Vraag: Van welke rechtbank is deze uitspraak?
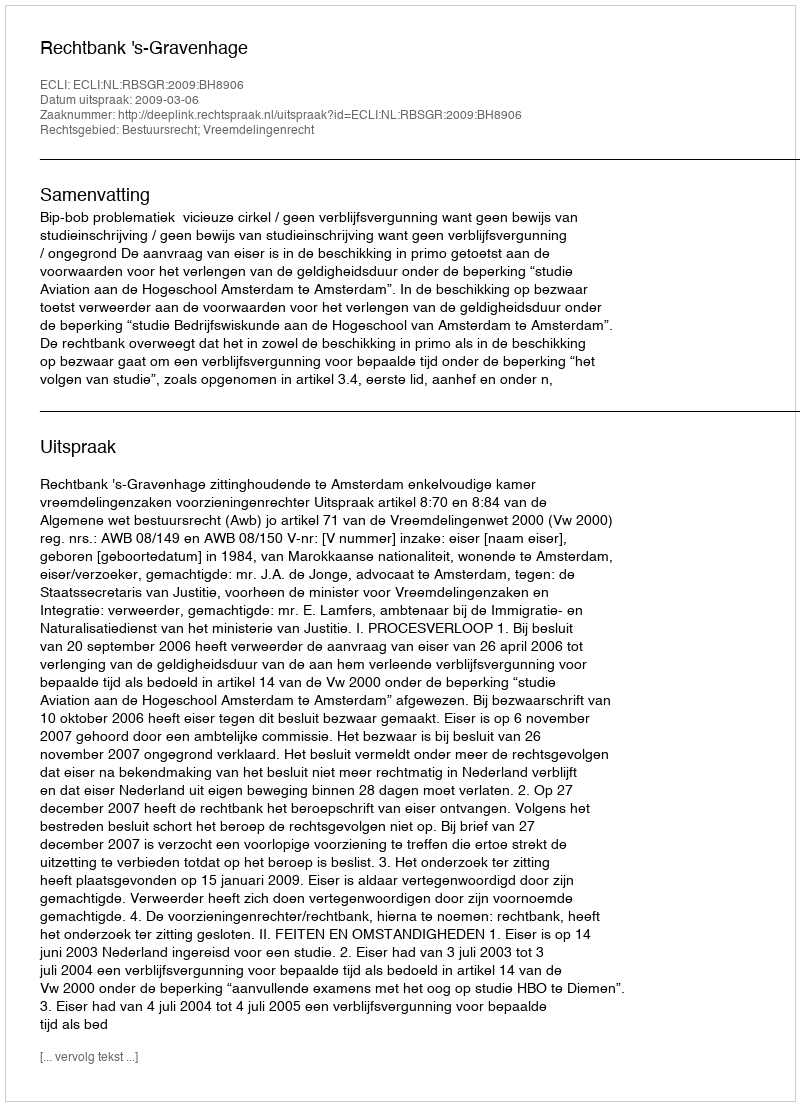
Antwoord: Rechtbank 's-Gravenhage